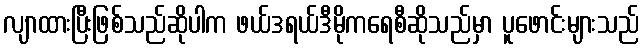
လျာထားပြီးဖြစ်သည်ဆိုပါက ဖယ်ဒရယ်ဒီမိုကရေစီဆိုသည်မှာ ပူဖောင်းများသည်